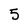
Character: 5